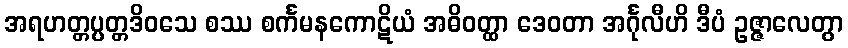
အရဟတ္တပ္ပတ္တဒိဝသေ စဿ စင်္ကမနကောဋိယံ အဓိဝတ္ထာ ဒေဝတာ အင်္ဂုလီဟိ ဒီပံ ဥဇ္ဇာလေတွာ